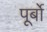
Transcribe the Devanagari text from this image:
पूर्बो